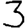
Digit: 3